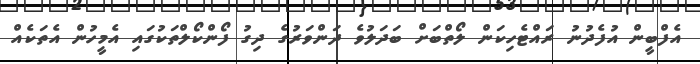
އެފްބީން އުފެދުނު ރައްޓެހިކަން ލޯތްބަށް ބަދަލުވެ ދަންވަރުގެ ދިގު ފޯންކޯލްތަކުގައި އެމީހުން އެތަކެއް